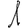
Digit: 1